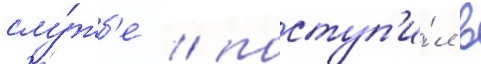
слу́жб'е / поступ'и́л в